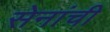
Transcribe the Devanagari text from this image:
सेनांची